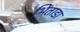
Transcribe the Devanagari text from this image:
भिंताडा